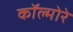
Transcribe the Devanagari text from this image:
कॉल्मोरे